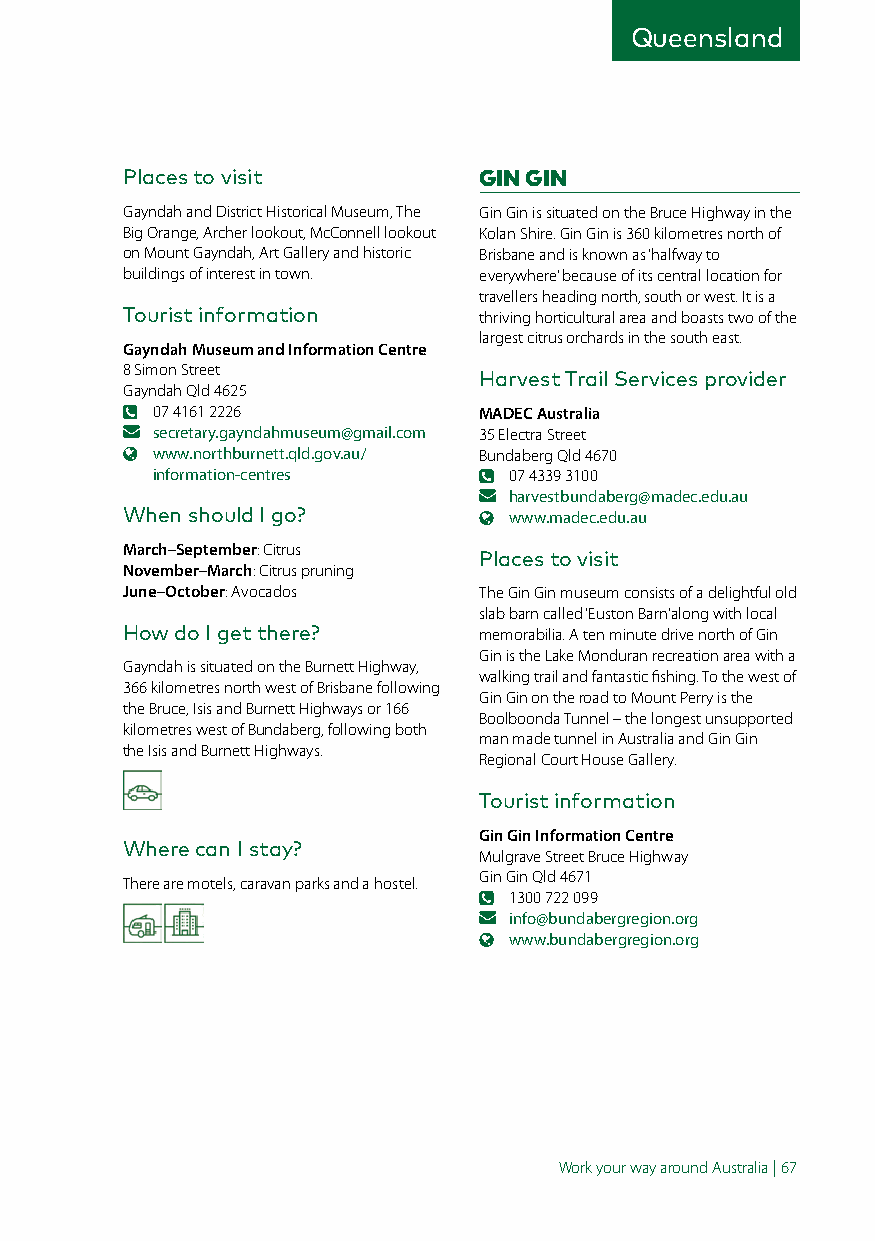
Queensland
 Places to visit         GIN GIN
 Gayndah and District Historical Museum, The Gin Gin is situated on the Bruce Highway in the
 Big Orange, Archer lookout, McConnell lookout Kolan Shire. Gin Gin is 360 kilometres north of
 on Mount Gayndah, Art Gallery and historic Brisbane and is known as ‘halfway to
 buildings of interest in town. everywhere’ because of its central location for
 travellers heading north, south or west. It is a
 Tourist information     thriving horticultural area and boasts two of the
 largest citrus orchards in the south east.
 Gayndah Museum and Information Centre
 8 Simon Street
 Harvest Trail Services provider
 Gayndah Qld 4625
 07 4161 2226          MADEC Australia
 secretary.gayndahmuseum@gmail.com 35 Electra Street
 www.northburnett.qld.gov.au/ Bundaberg Qld 4670
 information-centres     07 4339 3100
 harvestbundaberg@madec.edu.au
 When should I go?         www.madec.edu.au
 March–September: Citrus
 Places to visit
 November–March: Citrus pruning
 June–October: Avocados  The Gin Gin museum consists of a delightful old
 slab barn called ‘Euston Barn’ along with local
 How do I get there?     memorabilia. A ten minute drive north of Gin
 Gin is the Lake Monduran recreation area with a
 Gayndah is situated on the Burnett Highway,
 walking trail and fantastic fishing. To the west of
 366 kilometres north west of Brisbane following
 Gin Gin on the road to Mount Perry is the
 the Bruce, Isis and Burnett Highways or 166
 Boolboonda Tunnel – the longest unsupported
 kilometres west of Bundaberg, following both
 man made tunnel in Australia and Gin Gin
 the Isis and Burnett Highways.
 Regional Court House Gallery.
 Tourist information
 Gin Gin Information Centre
 Where can I stay?
 Mulgrave Street Bruce Highway
 Gin Gin Qld 4671
 There are motels, caravan parks and a hostel.
 1300 722 099
 info@bundabergregion.org
 www.bundabergregion.org
 Work your way around Australia | 67